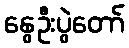
နွေဦးပွဲတော်